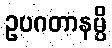
ဥပဂတာနမ္ပိ